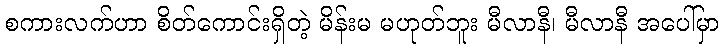
စကားလက်ဟာ စိတ်ကောင်းရှိတဲ့ မိန်းမ မဟုတ်ဘူး မီလာနီ၊ မီလာနီ အပေါ်မှာ